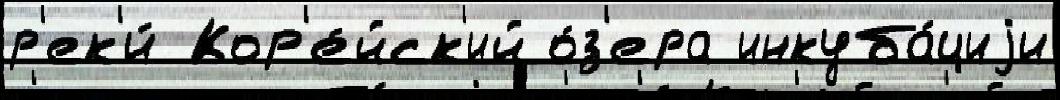
р'ек'и́ Кор'е́йск'ий о́з'ера инкуба́циjи